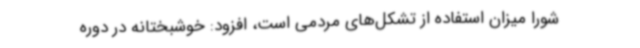
شورا میزان استفاده از تشکل‌های مردمی است، افزود: خوشبختانه در دوره